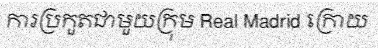
ការប្រកួតជាមួយក្រុម Real Madrid ក្រោយ